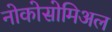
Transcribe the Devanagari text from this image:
नोकोसोमिअल